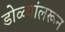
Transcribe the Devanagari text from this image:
डोळ्यांलरून